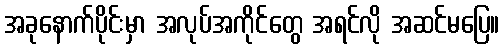
အခုနောက်ပိုင်းမှာ အလုပ်အကိုင်တွေ အရင်လို အဆင်မပြေ။